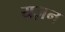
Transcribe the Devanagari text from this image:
यज़न